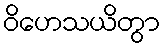
ဝိဟေသယိတွာ